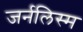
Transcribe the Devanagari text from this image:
जर्नलिस्म